Veterinary regulations India, 1925 -
Year: 1925
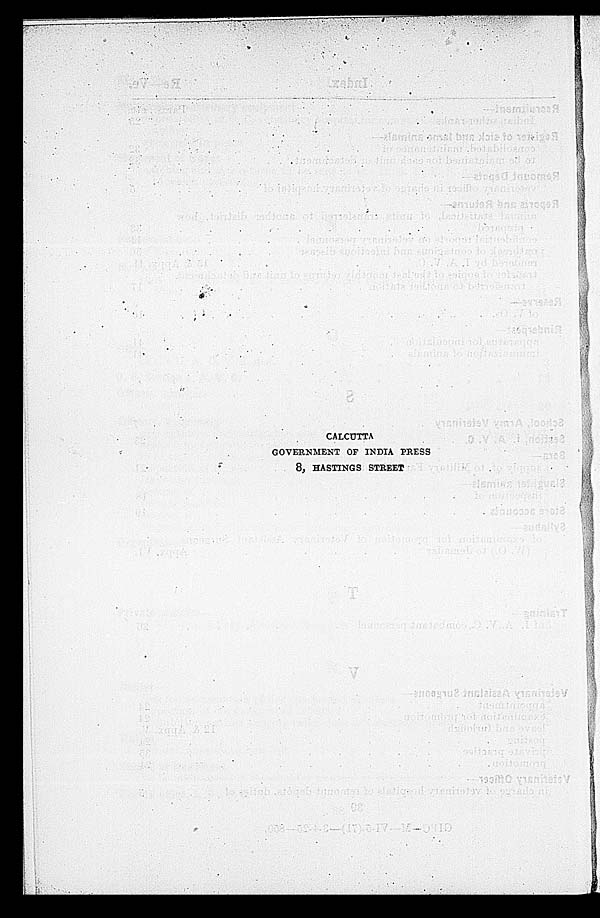
CALCUTTA
GOVERNMENT OF INDIA PRESS
8, HASTINGS STREET